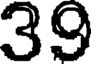
39